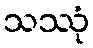
သဿုံ